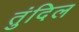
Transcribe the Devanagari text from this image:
तुंदिल